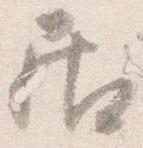
居